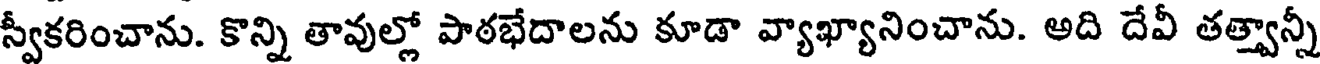
స్వీకరించాను. కొన్ని తావుల్లో పాఠభేదాలను కూడా వ్యాఖ్యానించాను. అది దేవీ తత్త్వాన్నీ